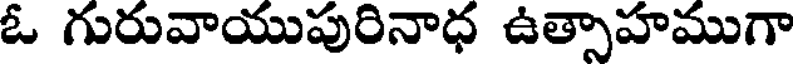
ఓ గురువాయుపురినాధ ఉత్సాహముగా